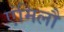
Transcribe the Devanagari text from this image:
एंमिलौ